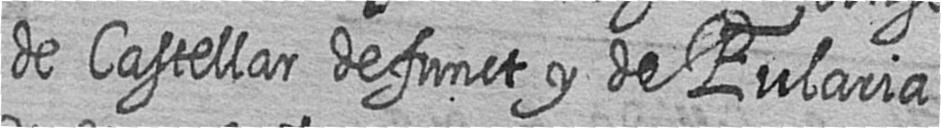
de Castellar defunct y de Eularia